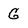
Character: G